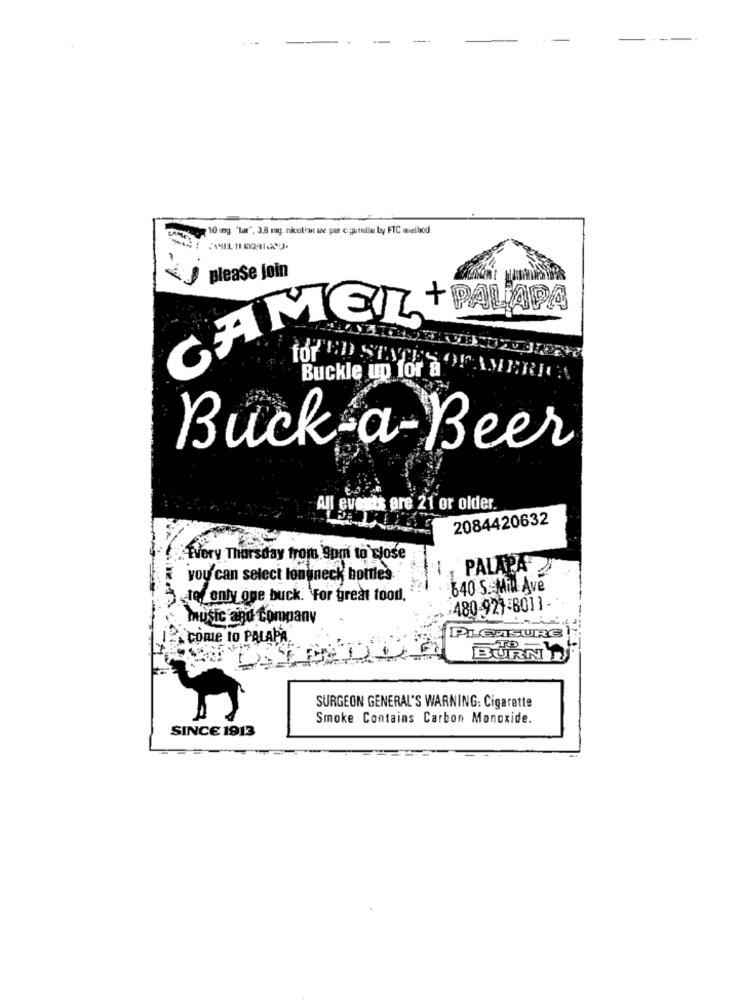
10 ing. "lu", 3.8 mg, nicotin wnvc pu ogpartille by FTC wellod.
please Join
CAMEL + PALAPA
Buckle up for a
TOP ED STATES OF AMERICA
Buck-a-Beer
All events are 21 or older.
2084420632
Every Thursday from 9pm to close
PALAPA
you can select longneck bottles.
640 S. Min Ave
tof only one buck. For great food.
480-927-8011-
music and com
A come to PALAPA
PLEASURE !
BURN D
SURGEON GENERAL'S WARNING: Cigarette
Smoke Contains Carbon Monoxide.
SINCE 1913